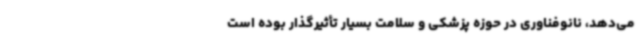
می‌دهد، نانوفناوری در حوزه پزشکی و سلامت بسیار تأثیرگذار بوده است